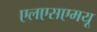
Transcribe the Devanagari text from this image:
एलएसएमयू